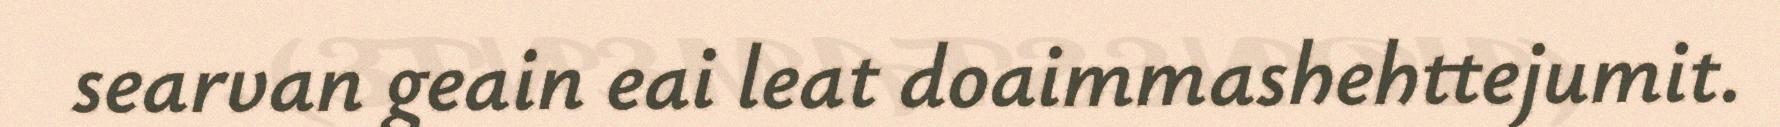
searvan geain eai leat doaimmashehttejumit.